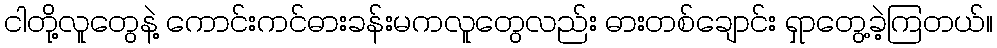
ငါတို့လူတွေနဲ့ ကောင်းကင်ဓားခန်းမကလူတွေလည်း ဓားတစ်ချောင်း ရှာတွေ့ခဲ့ကြတယ်။